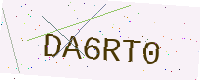
Text: DA6RT0